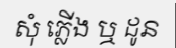
សុំ ភ្លើង ឬ ដូន